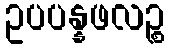
ဥပပန္နဖလဉ္စ